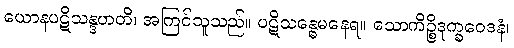
ယောနပဋိသန္ဒဟတိ၊ အကြင်သူသည်။ ပဋိသန္ဓေမနေရ။ သောကိဉ္စိဒုက္ခဝေဒနံ၊